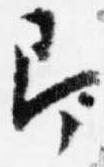
即